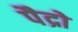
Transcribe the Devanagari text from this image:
पैद्रो